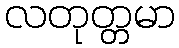
လတုတ္တမာ